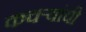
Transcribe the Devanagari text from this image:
कचऱ्यांची